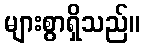
များစွာရှိသည်။